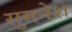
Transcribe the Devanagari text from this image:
सुमनेश